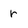
Character: r